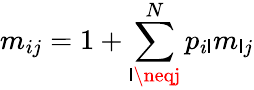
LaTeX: m_{ij}=1+\sum_{\mathsf{l}\neqj}^{N}p_{i\mathsf{l}}m_{\mathsf{l}j}